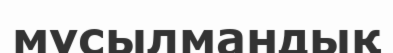
мұсылмандық